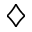
\diamondsuit